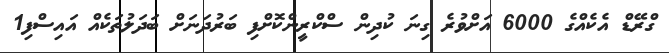
ގްރޭޑް އެކެއްގެ 6000 އަށްވުރެ ގިނަ ކުދިން ސްކްރީންކޮށްފި ބަރުދަނަށް ބަދަލުތަކެއް އައިސްފި1